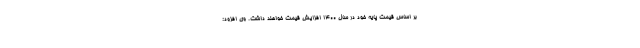
بر اساس قیمت پایه خود در سال 1400 افزایش قیمت خواهند داشت. وی افزود: